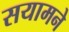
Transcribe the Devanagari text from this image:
सयामने